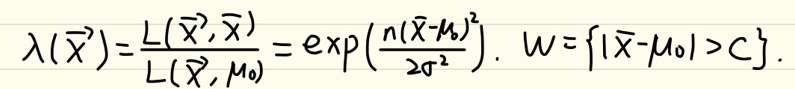
\(\lambda(\vec{x}) = \frac{L(\vec{x},\vec{x})}{L(\vec{x},\mu_0)} = \exp\left( \frac{n(\vec{x}-\mu_0)^2}{2\sigma^2} \right). W = \{|\vec{x}-\mu_0| > C\}.\)